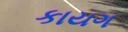
કાયગ